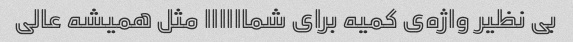
بی نظیر واژه‌ی کمیه برای شماااااا مثل همیشه عالی